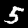
Digit: 5